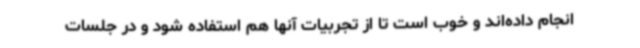
انجام داده‌اند و خوب است تا از تجربیات آنها هم استفاده شود و در جلسات